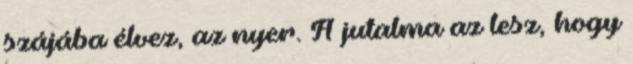
szájába élvez, az nyer. A jutalma az lesz, hogy